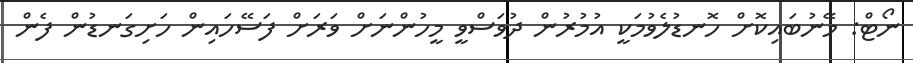
ނޯޓް: މޭނުބައިކޮށް ހޮނޑުލެވުމަކީ އުމުރުން ދުވަސްވީ މީހުންނަށް ވަރަށް ފަސޭހައިން ހަށިގަނޑުން ފެން